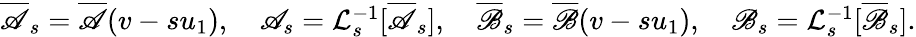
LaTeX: \begin{array}{r}{\overline{{\mathscr{A}}}_{s}=\overline{{\mathscr{A}}}(v-su_{1}),\quad\mathscr{A}_{s}=\mathcal{L}_{s}^{-1}[\overline{{\mathscr{A}}}_{s}],\quad\overline{\mathscr{B}}_{s}=\overline{\mathscr{B}}(v-su_{1}),\quad\mathscr{B}_{s}=\mathcal{L}_{s}^{-1}[\overline{\mathscr{B}}_{s}].}\end{array}